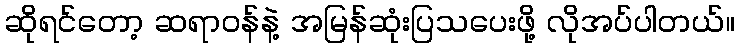
ဆိုရင်တော့ ဆရာဝန်နဲ့ အမြန်ဆုံးပြသပေးဖို့ လိုအပ်ပါတယ်။